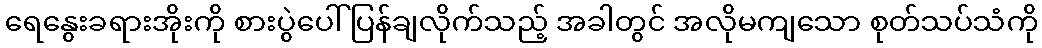
ရေနွေးခရားအိုးကို စားပွဲပေါ် ပြန်ချလိုက်သည့် အခါတွင် အလိုမကျသော စုတ်သပ်သံကို